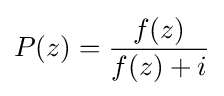
P(z)={\frac {f(z)}{f(z)+i}}